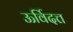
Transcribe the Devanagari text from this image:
ऊर्विदत्त